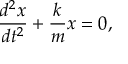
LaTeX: { \frac { d ^ { 2 } x } { d t ^ { 2 } } } + { \frac { k } { m } } x = 0 ,